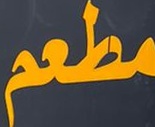
مطعم